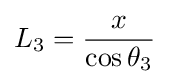
L_{3}={\frac {x}{\cos \theta _{3}}}